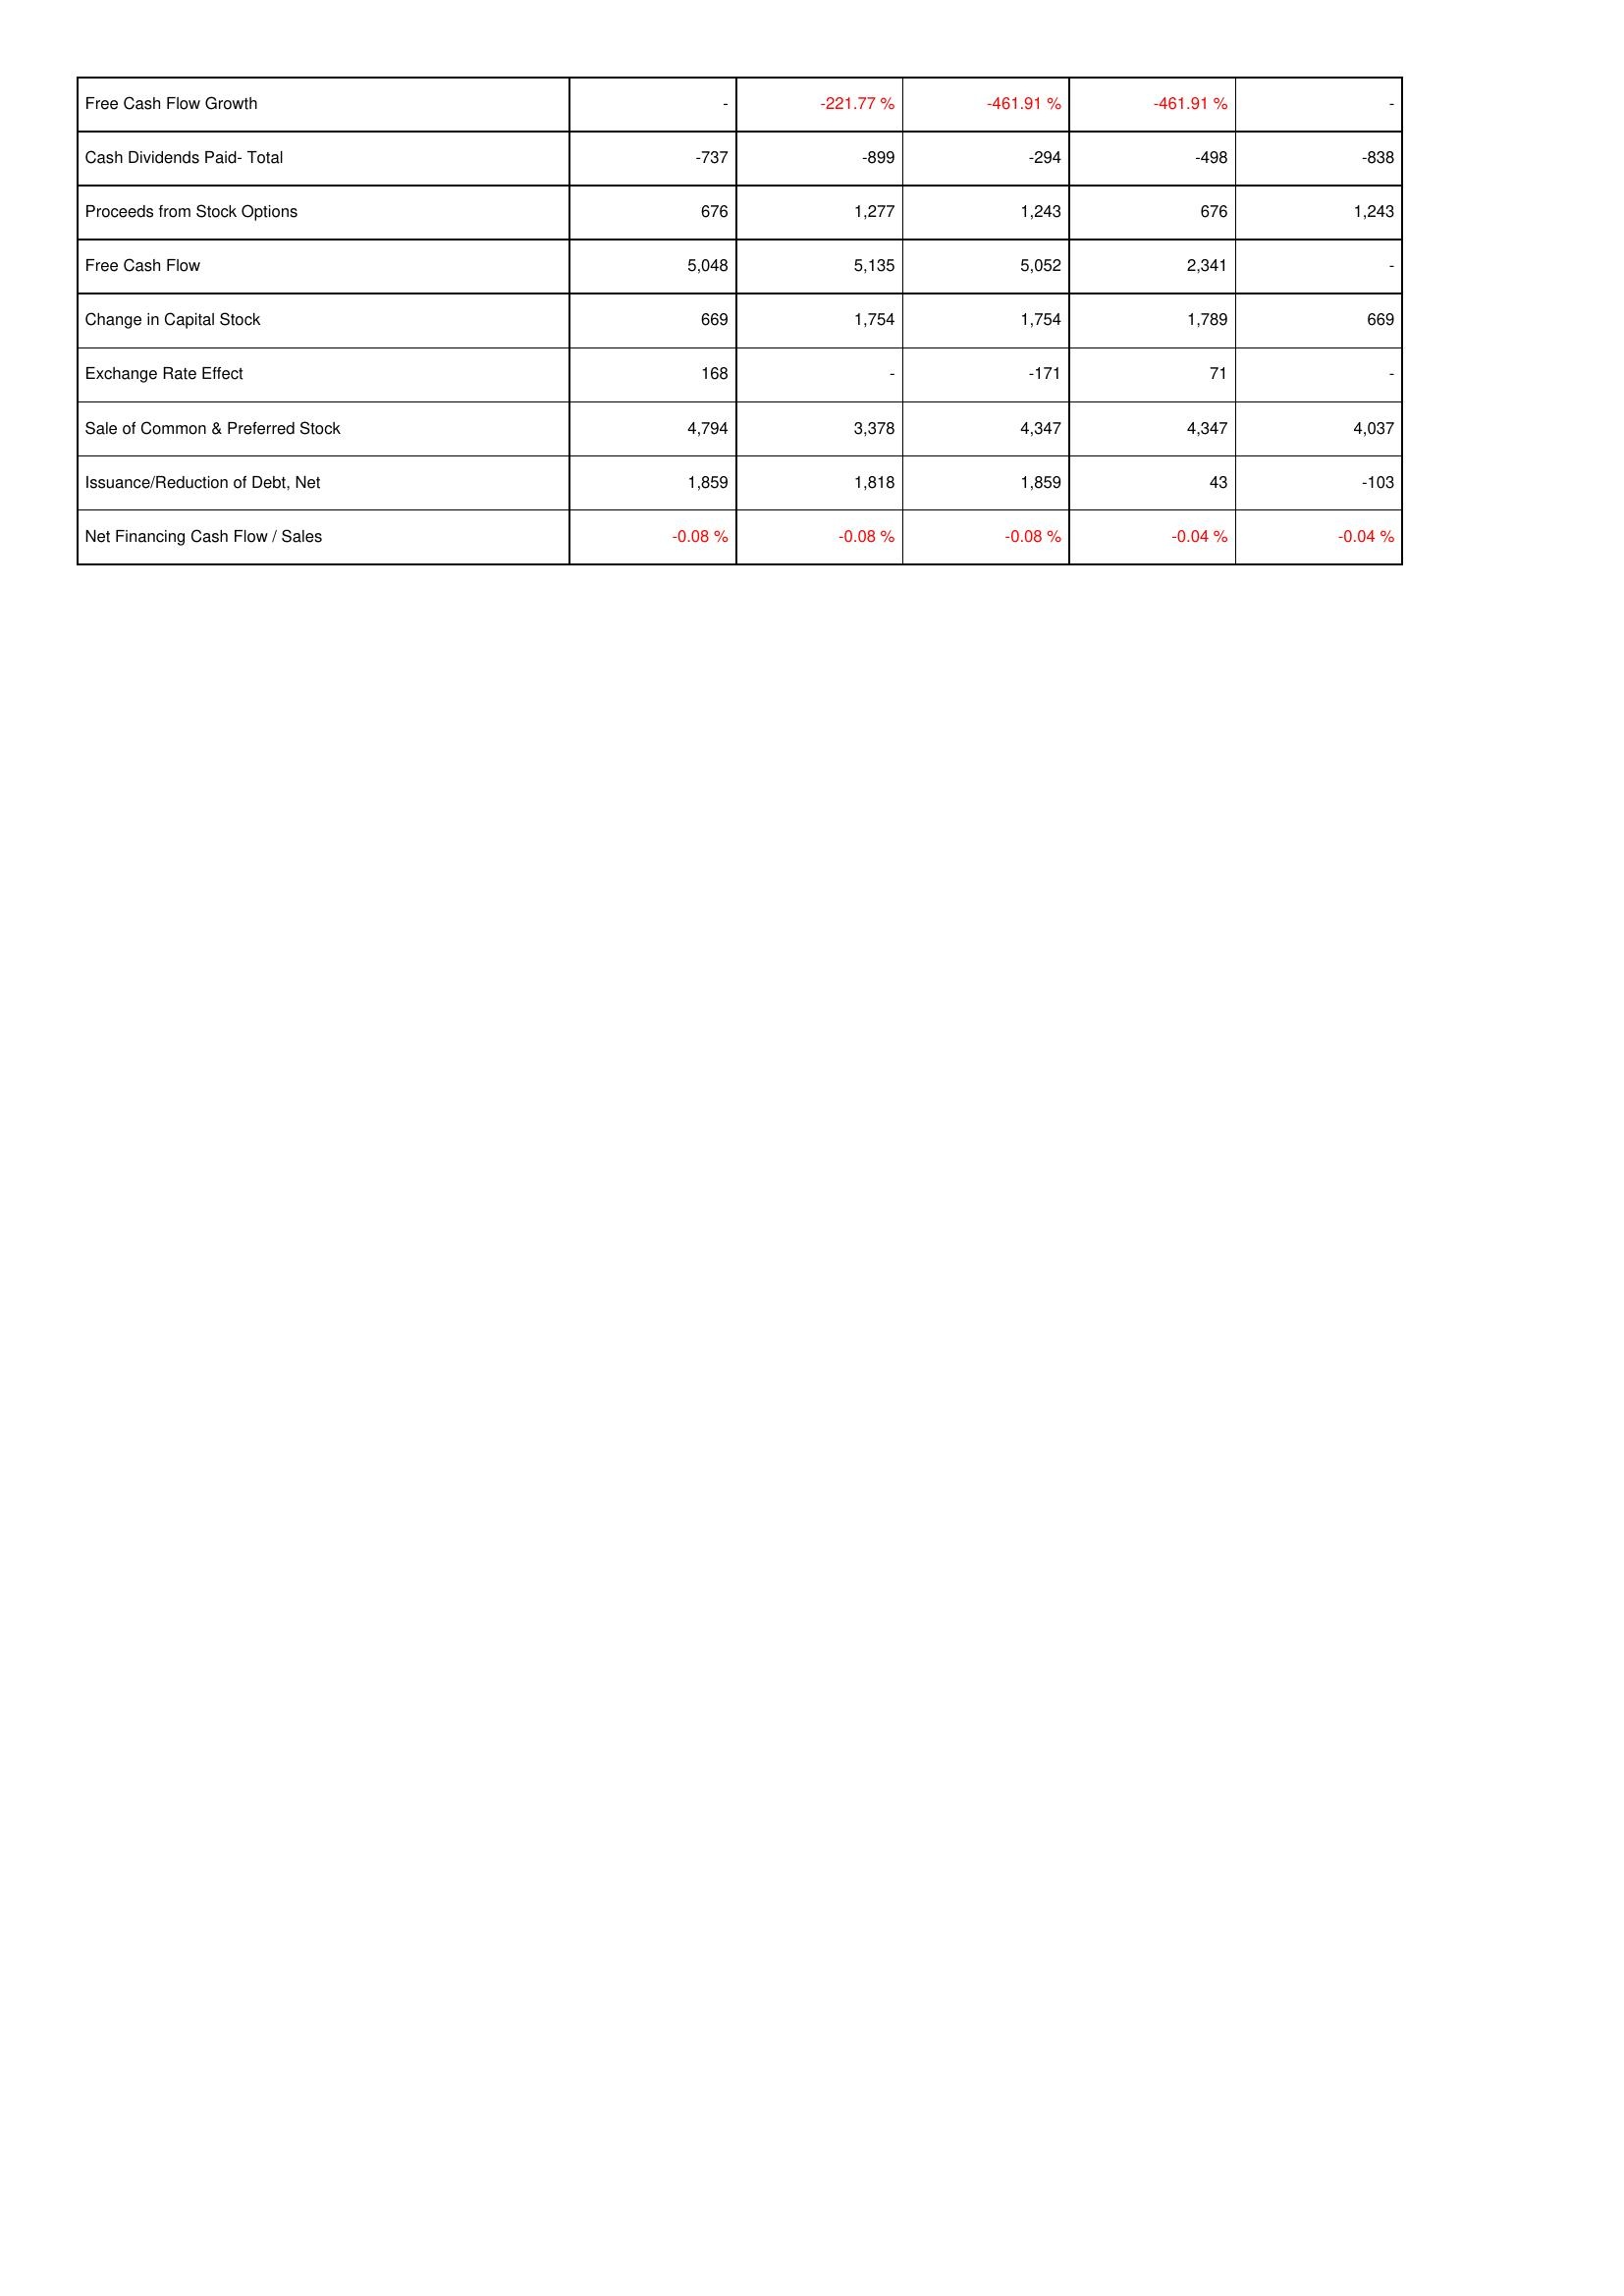
2022: Financing Activities: Free Cash Flow Growth: -
Cash Dividends Paid- Total: -737
Proceeds from Stock Options: 676
Free Cash Flow: 5,048
Change in Capital Stock: 669
Exchange Rate Effect: 168
Sale of Common & Preferred Stock: 4,794
Issuance/Reduction of Debt, Net: 1,859
Net Financing Cash Flow / Sales: -0.08 %
2023: Financing Activities: Free Cash Flow Growth: -221.77 %
Cash Dividends Paid- Total: -899
Proceeds from Stock Options: 1,277
Free Cash Flow: 5,135
Change in Capital Stock: 1,754
Exchange Rate Effect: -
Sale of Common & Preferred Stock: 3,378
Issuance/Reduction of Debt, Net: 1,818
Net Financing Cash Flow / Sales: -0.08 %
2024: Financing Activities: Free Cash Flow Growth: -461.91 %
Cash Dividends Paid- Total: -294
Proceeds from Stock Options: 1,243
Free Cash Flow: 5,052
Change in Capital Stock: 1,754
Exchange Rate Effect: -171
Sale of Common & Preferred Stock: 4,347
Issuance/Reduction of Debt, Net: 1,859
Net Financing Cash Flow / Sales: -0.08 %
2025: Financing Activities: Free Cash Flow Growth: -461.91 %
Cash Dividends Paid- Total: -498
Proceeds from Stock Options: 676
Free Cash Flow: 2,341
Change in Capital Stock: 1,789
Exchange Rate Effect: 71
Sale of Common & Preferred Stock: 4,347
Issuance/Reduction of Debt, Net: 43
Net Financing Cash Flow / Sales: -0.04 %
2026: Financing Activities: Free Cash Flow Growth: -
Cash Dividends Paid- Total: -838
Proceeds from Stock Options: 1,243
Free Cash Flow: -
Change in Capital Stock: 669
Exchange Rate Effect: -
Sale of Common & Preferred Stock: 4,037
Issuance/Reduction of Debt, Net: -103
Net Financing Cash Flow / Sales: -0.04 %